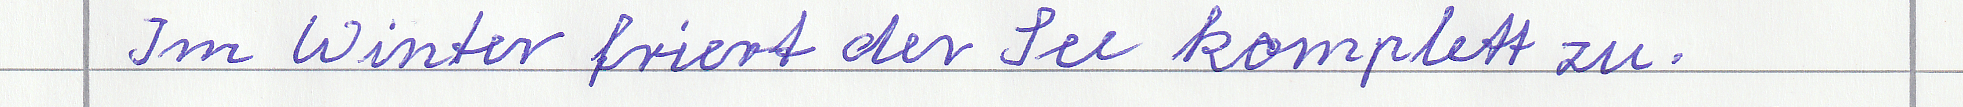
Im Winter friert der See komplett zu.